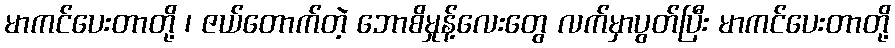
မာကင်ပေးတာတို့ ၊ ဇယ်တောက်တဲ့ ဘောစိမှုန့်လေးတွေ လက်မှာပွတ်ပြီး မာကင်ပေးတာတို့